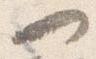
一